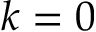
k = 0